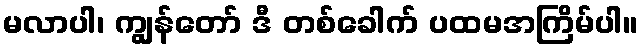
မလာပါ၊ ကျွန်တော် ဒီ တစ်ခေါက် ပထမအကြိမ်ပါ။